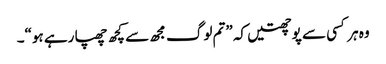
وہ ہر کسی سے پوچھتیں کہ ”تم لوگ مجھ سے کچھ چھپا رہے ہو“۔